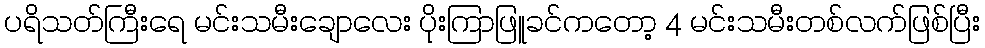
ပရိသတ်ကြီးရေ မင်းသမီးချောလေး ပိုးကြာဖြူခင်ကတော့ 4 မင်းသမီးတစ်လက်ဖြစ်ပြီး